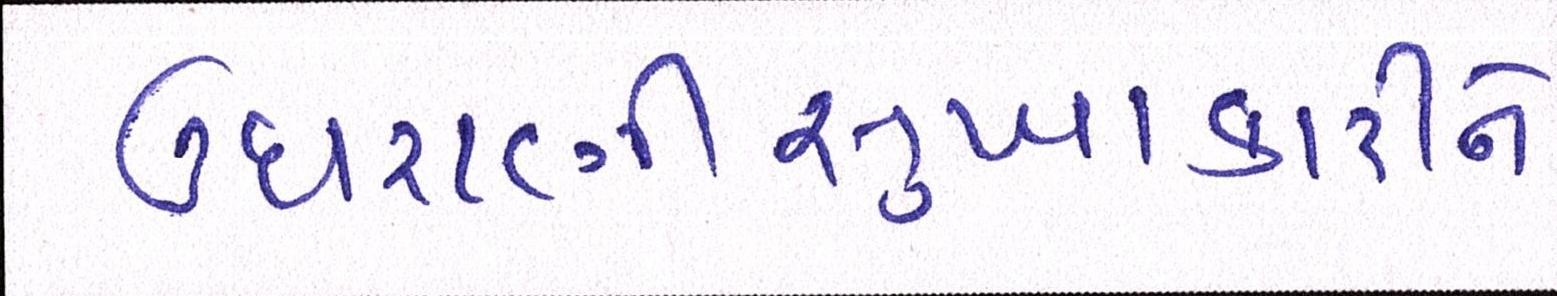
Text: ઉઘરાણીસુખાકારીને